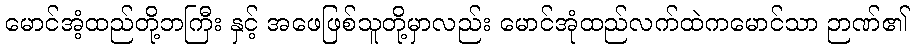
မောင်အံ့ထည်တို့ဘကြီး နှင့် အဖေဖြစ်သူတို့မှာလည်း မောင်အုံထည်လက်ထဲကမောင်သာ ဉာဏ်၏